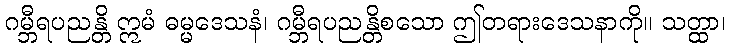
ဂမ္ဘီရပညန္တိ ဣမံ ဓမ္မဒေသနံ၊ ဂမ္ဘီရပညန္တိစသော ဤတရားဒေသနာကို။ သတ္ထာ၊